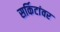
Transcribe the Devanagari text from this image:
सर्किटांवर